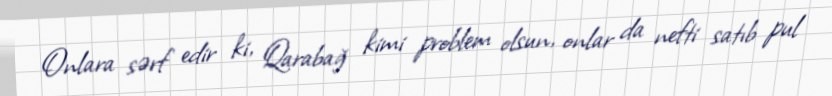
Onlara sərf edir ki, Qarabağ kimi problem olsun, onlar da nefti satıb pul